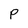
Character: p